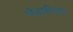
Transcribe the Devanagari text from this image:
भंडारीपारा